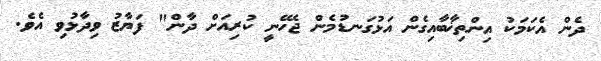
ދެން އެކަމަކު އިންތިޚާބާއިގެން އަޅުގަނޑުމެން ޖެހޭނީ ކުރިއަށް ދާން" ފަޔާޒު ވިދާޅުވި އެވެ.